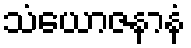
သံယောဇနာနံ